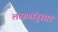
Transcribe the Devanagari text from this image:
लक्षणांनुसार